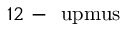
1 2 \mathrm { ~ - ~ } \mathrm { \ u p m u s }